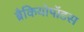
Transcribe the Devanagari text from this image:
ब्रैकियोपॉडस